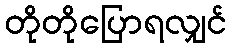
တိုတိုပြောရလျှင်